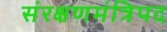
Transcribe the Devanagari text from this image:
संरक्षणमंत्रिपद